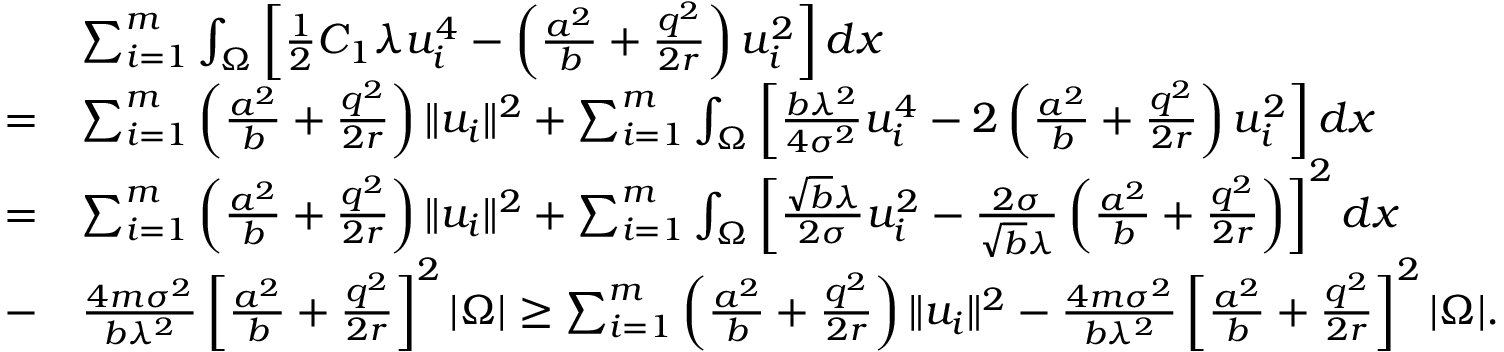
\begin{array} { r l } & { \sum _ { i = 1 } ^ { m } \int _ { \Omega } \left[ \frac { 1 } { 2 } C _ { 1 } \lambda u _ { i } ^ { 4 } - \left( \frac { a ^ { 2 } } { b } + \frac { q ^ { 2 } } { 2 r } \right) u _ { i } ^ { 2 } \right] d x } \\ { = } & { \sum _ { i = 1 } ^ { m } \left( \frac { a ^ { 2 } } { b } + \frac { q ^ { 2 } } { 2 r } \right) \| u _ { i } \| ^ { 2 } + \sum _ { i = 1 } ^ { m } \int _ { \Omega } \left[ \frac { b \lambda ^ { 2 } } { 4 \sigma ^ { 2 } } u _ { i } ^ { 4 } - 2 \left( \frac { a ^ { 2 } } { b } + \frac { q ^ { 2 } } { 2 r } \right) u _ { i } ^ { 2 } \right] d x } \\ { = } & { \sum _ { i = 1 } ^ { m } \left( \frac { a ^ { 2 } } { b } + \frac { q ^ { 2 } } { 2 r } \right) \| u _ { i } \| ^ { 2 } + \sum _ { i = 1 } ^ { m } \int _ { \Omega } \left[ \frac { \sqrt { b } \lambda } { 2 \sigma } u _ { i } ^ { 2 } - \frac { 2 \sigma } { \sqrt { b } \lambda } \left( \frac { a ^ { 2 } } { b } + \frac { q ^ { 2 } } { 2 r } \right) \right] ^ { 2 } d x } \\ { - } & { \frac { 4 m \sigma ^ { 2 } } { b \lambda ^ { 2 } } \left[ \frac { a ^ { 2 } } { b } + \frac { q ^ { 2 } } { 2 r } \right] ^ { 2 } | \Omega | \geq \sum _ { i = 1 } ^ { m } \left( \frac { a ^ { 2 } } { b } + \frac { q ^ { 2 } } { 2 r } \right) \| u _ { i } \| ^ { 2 } - \frac { 4 m \sigma ^ { 2 } } { b \lambda ^ { 2 } } \left[ \frac { a ^ { 2 } } { b } + \frac { q ^ { 2 } } { 2 r } \right] ^ { 2 } | \Omega | . } \end{array}